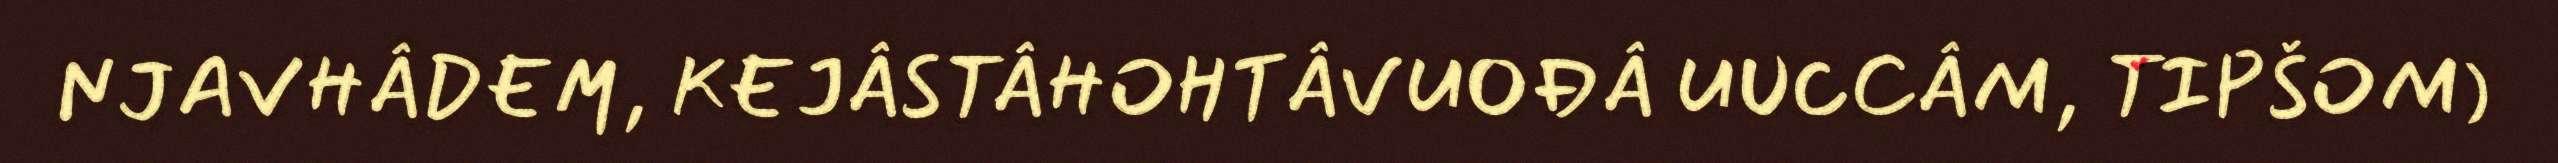
NJAVHÂDEM, KEJÂSTÂHOHTÂVUOĐÂ UUCCÂM, TIPŠOM)